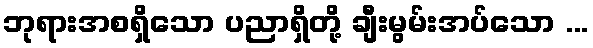
ဘုရားအစရှိသော ပညာရှိတို့ ချီးမွမ်းအပ်သော ...